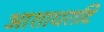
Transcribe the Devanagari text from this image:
आशाधरादि